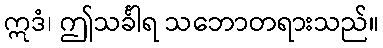
ဣဒံ၊ ဤသင်္ခါရ သဘောတရားသည်။